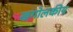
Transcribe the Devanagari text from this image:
खगोलकीय